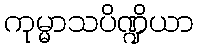
ကုမ္မာသပိဏ္ဍိယာ